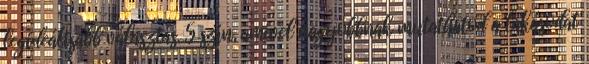
legideálisabb választás. 5 szín, amivel nagyobbnak mutathatod a lakásodat